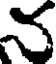
న